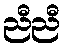
ညီညီ